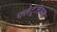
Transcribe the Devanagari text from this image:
फ्लेटूलेन्स